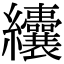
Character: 𦈃